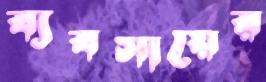
ব্যবসায়ের